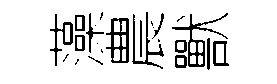
藻農獸